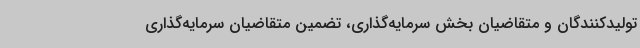
تولیدکنندگان و متقاضیان بخش سرمایه‌گذاری، تضمین متقاضیان سرمایه‌گذاری